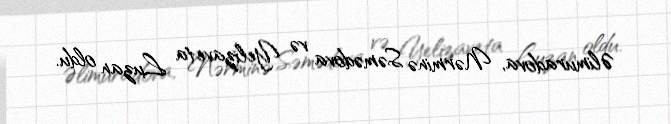
Əlimuradova, Nərminə Səmədova və Yelizaveta Luzan oldu.